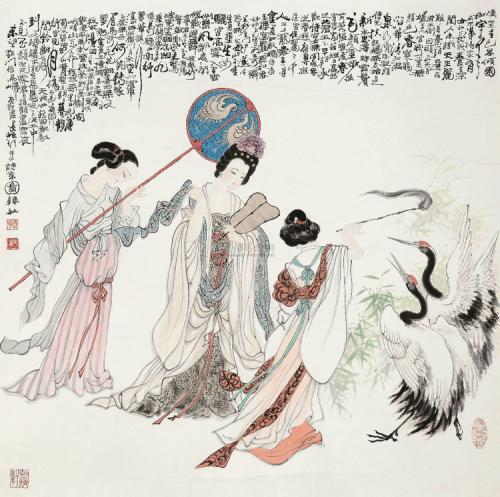
春宵苦短日高起，从此君王不早朝。